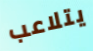
يتلاعب